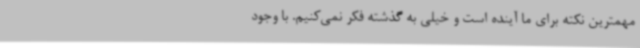
مهمترین نکته برای ما آینده است و خیلی به گذشته فکر نمی‌کنیم. با وجود